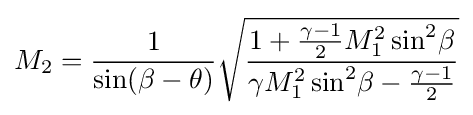
M_{2}={\frac {1}{\sin(\beta -\theta )}}{\sqrt {\frac {1+{\frac {\gamma -1}{2}}M_{1}^{2}\sin ^{2}\!\beta }{\gamma M_{1}^{2}\sin ^{2}\!\beta -{\frac {\gamma -1}{2}}}}}